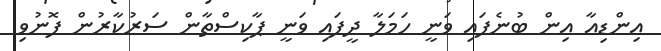
އިންޑިއާ އިން ބުނެފައި ވަނީ ހަމަލާ ދީފައި ވަނީ ޕާކިސްތާން ސަރުކާރުން ފޮނުވި